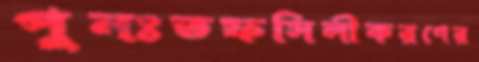
পুনঃতফসিলীকরণের